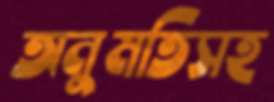
অনুমতিসহ